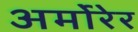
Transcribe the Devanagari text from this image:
अर्मोरेर